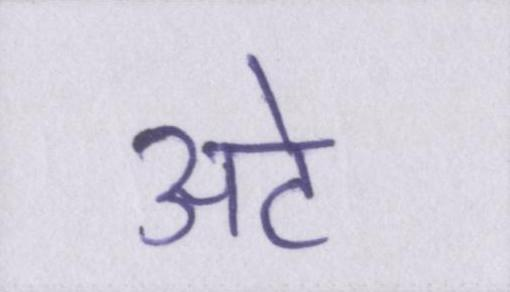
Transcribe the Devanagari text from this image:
अटे